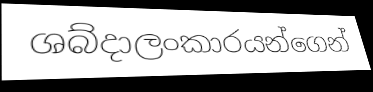
ශබ්දාලංකාරයන්ගෙන්